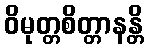
ဝိမုတ္တစိတ္တာနန္တိ